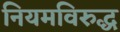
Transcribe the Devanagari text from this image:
नियमविरुद्ध